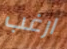
ارغب